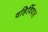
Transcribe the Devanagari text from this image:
वहिर्विवाह